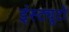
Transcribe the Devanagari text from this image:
इंस्ट्यूटो